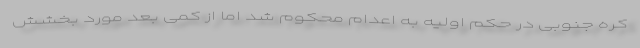
کره جنوبی در حکم اولیه به اعدام محکوم شد اما از کمی بعد مورد بخشش